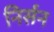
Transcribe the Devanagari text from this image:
निर्सन